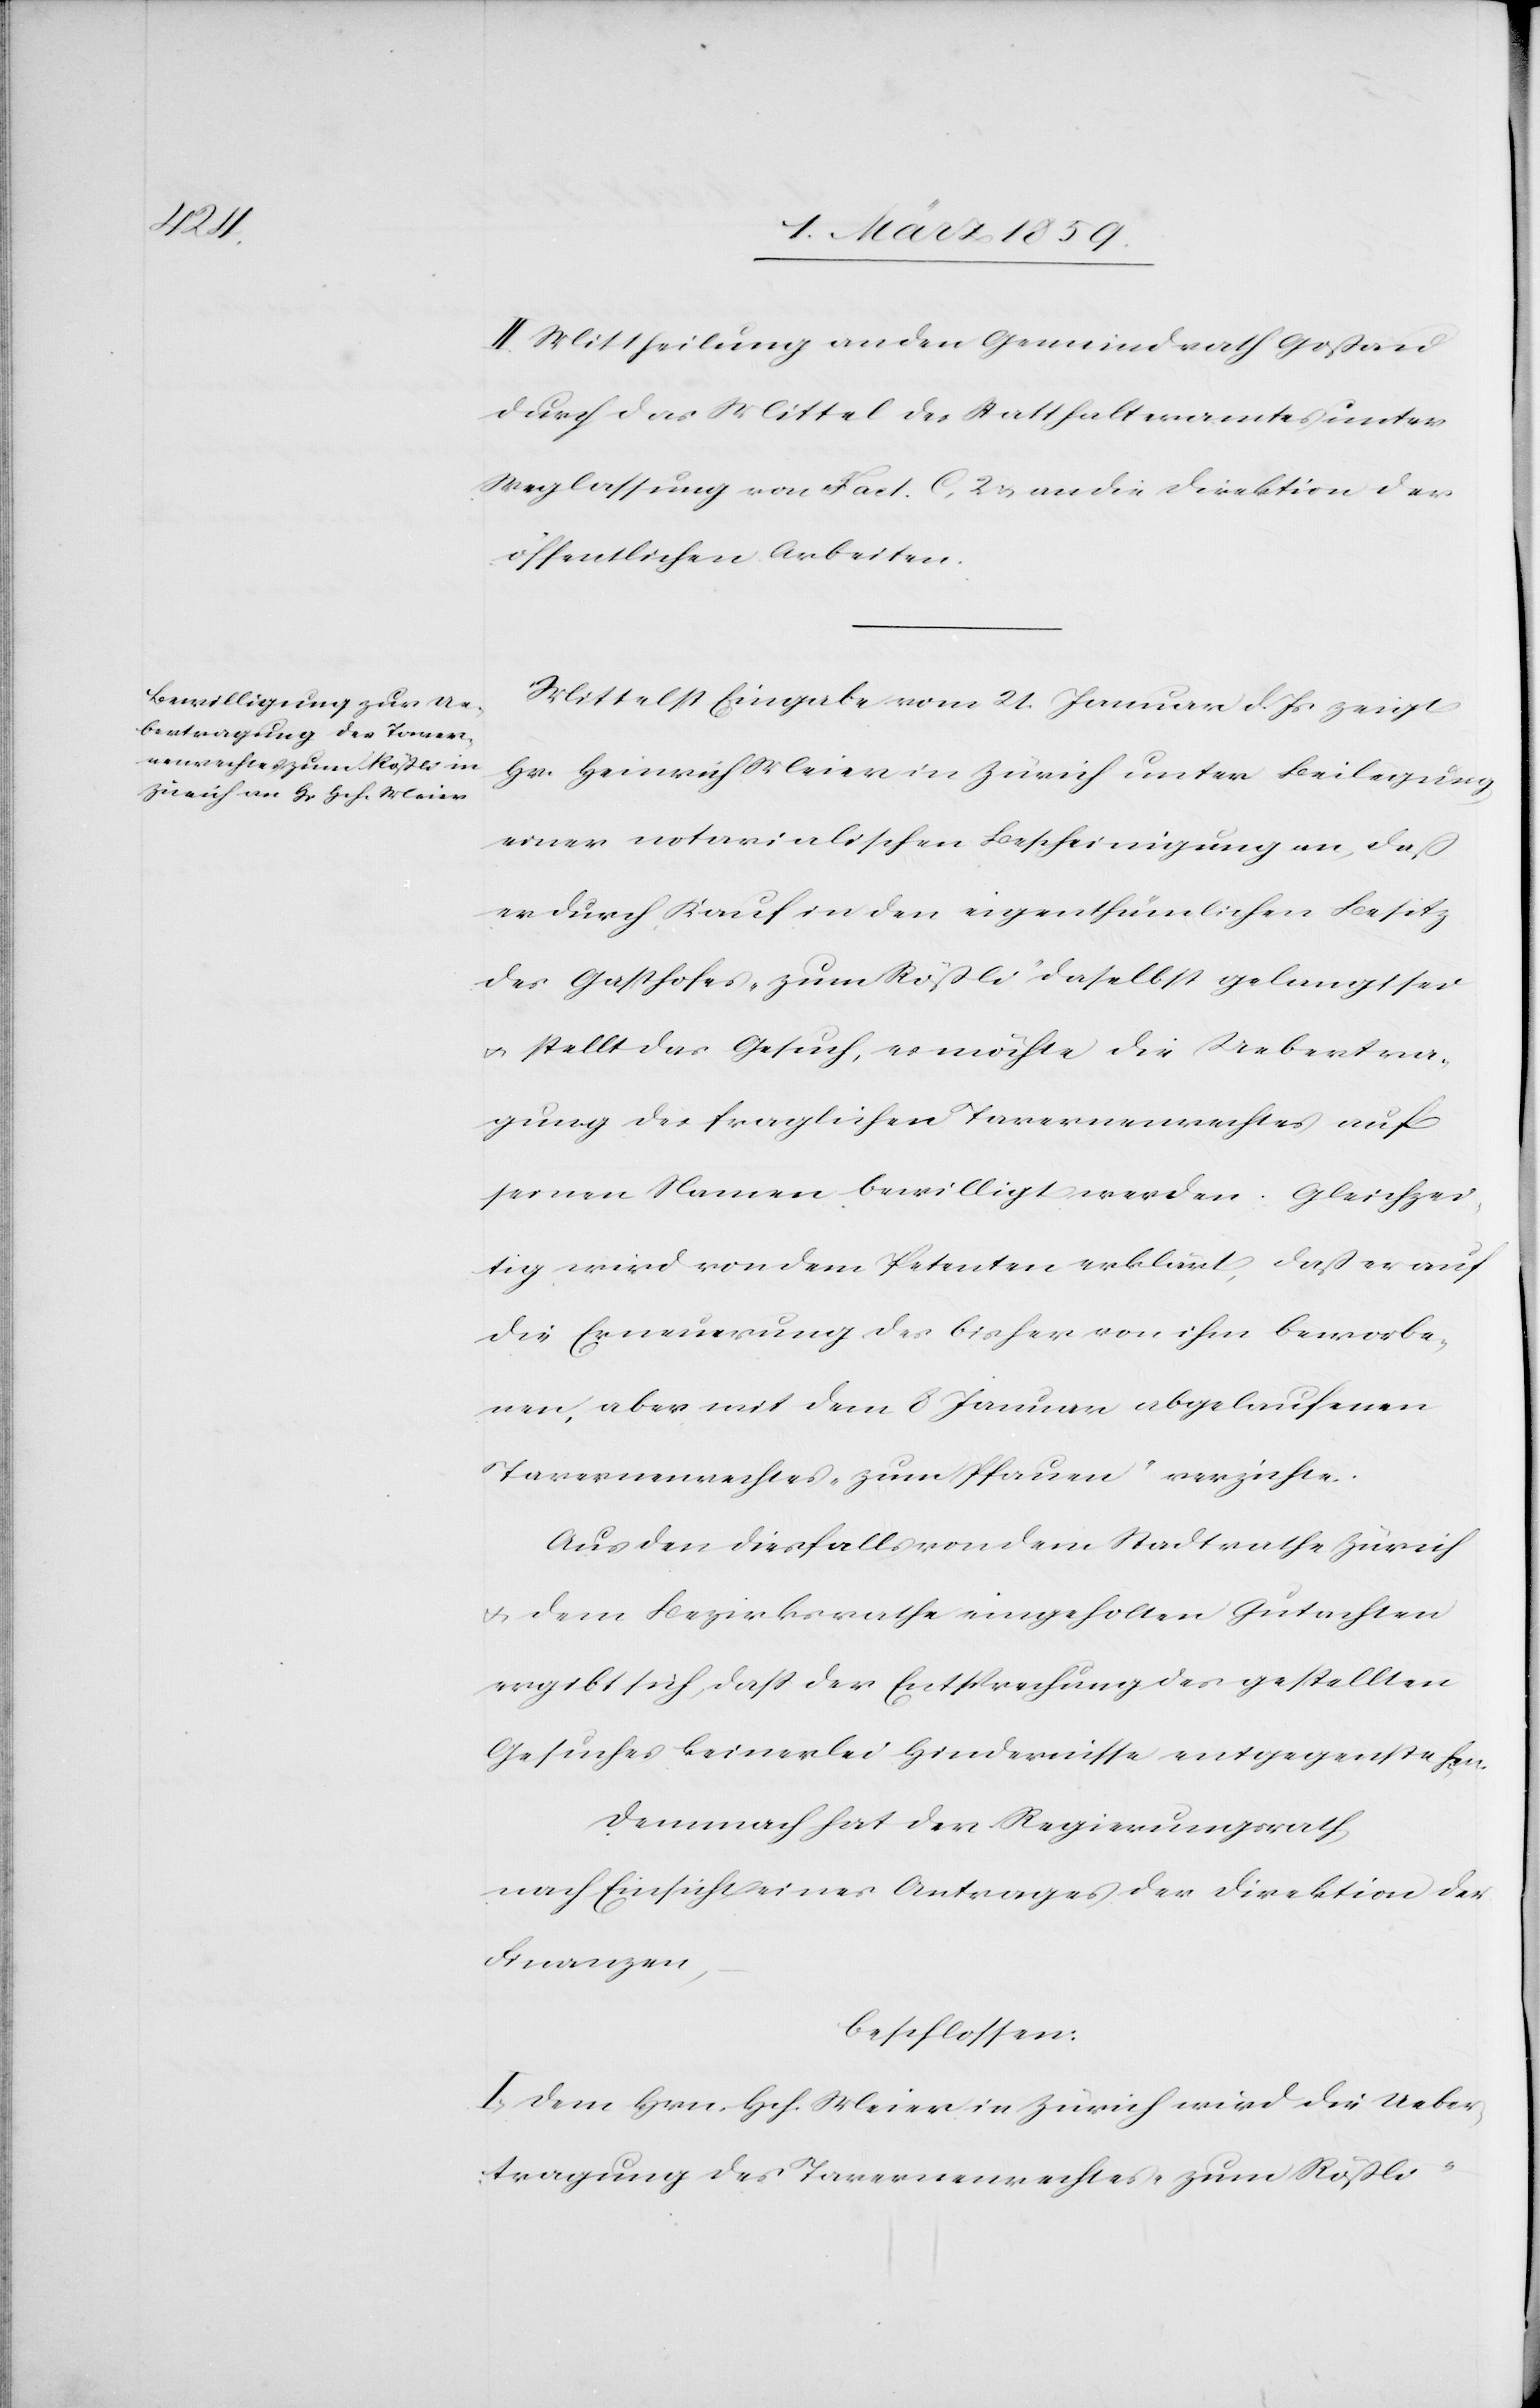
II. Mittheilung an den Gemeindrath Goßau
durch das Mittel des Statthalteramtes unter
Weglassung von Fact. C, 2 u. an die Direktion der
öffentlichen Arbeiten.
Mittelst Eingabe vom 21. Januar d. Js zeigt
Hr. Heinrich Meier in Zürich unter Beilegung
einer notarialischen Bescheinigung an, daß
er durch Kauf in den eigenthümlichen Besitz
des Gasthofes „zum Rößli“ daselbst gelangt sei
u. stellt das Gesuch, es möchte die Uebertra¬
gung der fraglichen Tavernenrechtes auf
seinen Namen bewilligt werden. Gleichzei¬
tig wird von dem Petenten erklärt, daß er auf
die Erneuerung des bisher von ihm beworbe¬
nen, aber mit dem 8 Januar abgelaufenen
Tavernenrechtes „zum Pfauen“ verzichte.
Aus den diesfalls von dem Stadtrathe Zürich
u. dem Bezirksrathe eingeholten Gutachten
ergibt sich, daß der Entsprechung des gestellten
Gesuches keinerlei Hindernisse entgegenstehen.
Demnach hat der Regierungsrath,
nach Einsicht eines Antrages der Direktion der
Finanzen,
beschlossen:
I. Dem Hrn. Hch. Meier in Zürich wird die Ueber¬
tragung des Tavernenrechtes „zum Rößli“